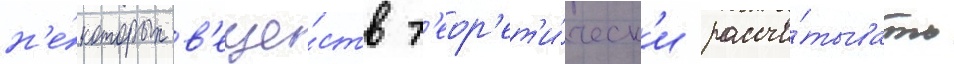
н'е́которых в'еще́ств т'еор'ет'и́ческ'и рассчи́тывать